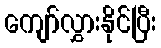
ကျော်လွှားနိုင်ပြီး